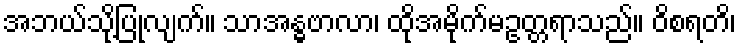
အဘယ်သို့ပြုလျက်။ သာအန္ဓဗာလာ၊ ထိုအမိုက်မဥတ္တရာသည်။ ဝိစရတိ၊